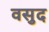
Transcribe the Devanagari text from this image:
वसुद